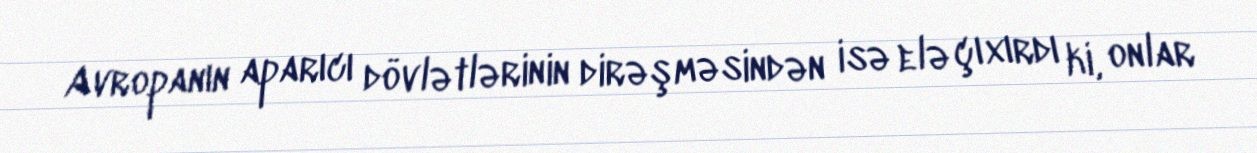
Avropanın aparıcı dövlətlərinin dirəşməsindən isə elə çıxırdı ki, onlar